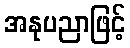
အနုပညာဖြင့်